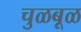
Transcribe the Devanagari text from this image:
चुळबूळ